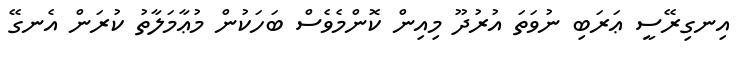
އިނގިރޭސީ ޢަރަބި ނުވަތަ އުރުދޫ މިއިން ކޮންމެވެސް ބަހަކުން މުޢާމަލާތު ކުރަން އެނގޭ